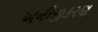
ખનીજીકરણ